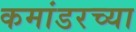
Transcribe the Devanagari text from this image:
कमांडरच्या